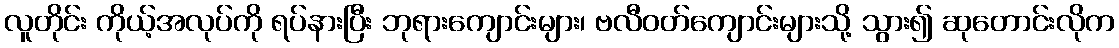
လူတိုင်း ကိုယ့်အလုပ်ကို ရပ်နားပြီး ဘုရားကျောင်းများ၊ ဗလီဝတ်ကျောင်းများသို့ သွား၍ ဆုတောင်းလိုက